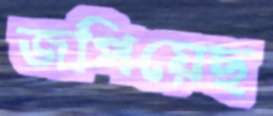
জপিয়েছ